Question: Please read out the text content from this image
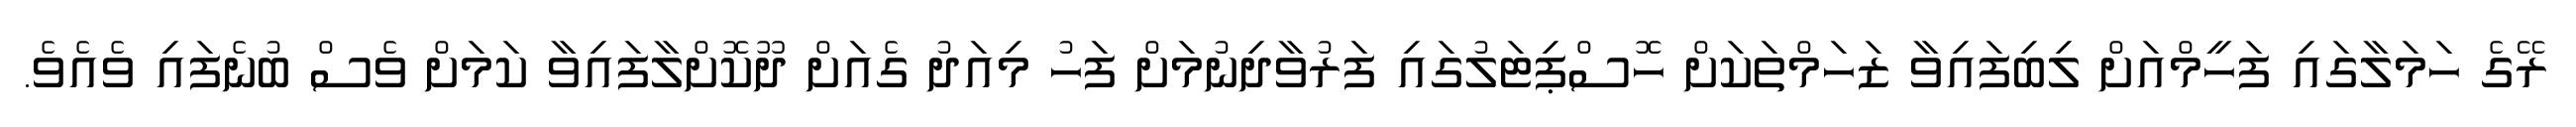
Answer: ރޭގެ ހަމަލާގައި ފަހީމްއަށް ލިބިފައިވާ ޒަހަމްތަކަށް ހޮސްޕިޓަލުގައި ފަރުވާދިނުމަށް ފަހު މިއަދު ގެއަށް ދޫކޮށްލާފައިވާ ކަމަށް ވެސް ބުނެފައި ވެއެވެ.